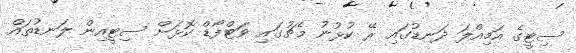
ސިޓީގެ އަމިއްލަ ދަނޑުގައި ރޭ ކުޅުނު މެޗުގައި ވަޓްފޯޑް ކޮޅަށް ސިޓީއިން ލަނޑުތައް